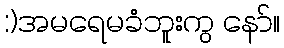
:)အမရေမခံဘူးကွ နော်။